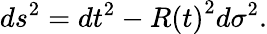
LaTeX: ds^{2}=dt^{2}-R\left(t\right)^{2}d\sigma^{2}.